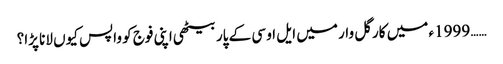
…… 1999ء میں کارگل وار میں ایل او سی کے پار بیٹھی اپنی فوج کو واپس کیوں لانا پڑا؟